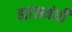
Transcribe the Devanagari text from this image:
ह्यांसबंधी